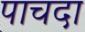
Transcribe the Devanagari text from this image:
पाचदा